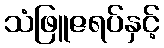
သံဖြူဇရပ်နှင့်